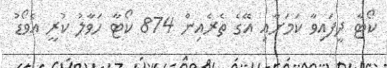
ކޯޓާ ދީފައިވާ ކަމަށާއި އޭގެ ތެރެއިން 874 ކޯޓާ ހަވާލު ކުރީ އެވޯޑު